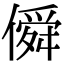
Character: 僢